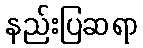
နည်းပြဆရာ